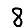
Digit: 8